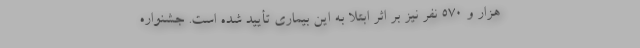
هزار و ۵۷۰ نفر نیز بر اثر ابتلا به این بیماری تأیید شده است. جشنواره